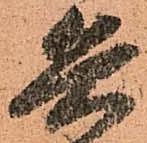
兵